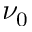
\nu _ { 0 }